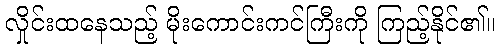
လှိုင်းထနေသည့် မိုးကောင်းကင်ကြီးကို ကြည့်နိုင်၏။